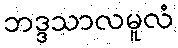
ဘဒ္ဒသာလမူလံ